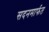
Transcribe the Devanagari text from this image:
सदनमार्फत